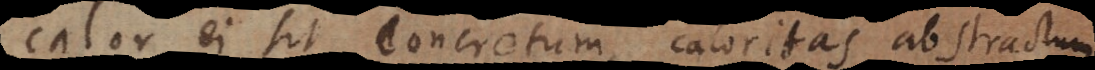
calor ei sit concretum, caloritas abstractum.